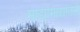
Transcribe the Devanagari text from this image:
माद्यामाद्यांतले